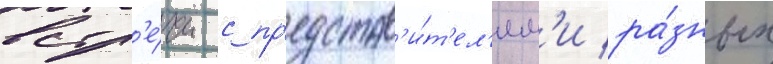
встр'е́чи с пр'едстав'и́т'ел'ям'и ра́зных